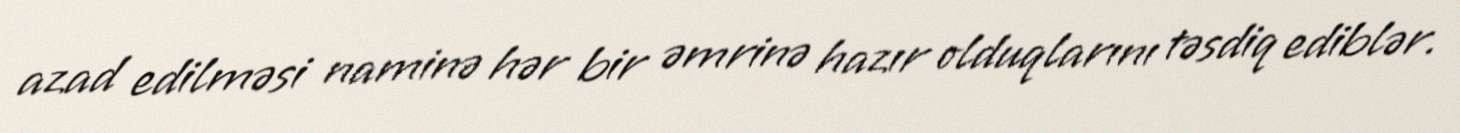
azad edilməsi naminə hər bir əmrinə hazır olduqlarını təsdiq ediblər.